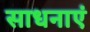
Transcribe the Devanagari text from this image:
साधनाएं